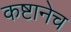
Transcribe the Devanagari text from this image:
कष्टानेच